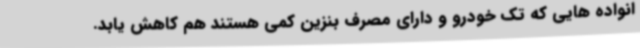
انواده هایی که تک خودرو و دارای مصرف بنزین کمی هستند هم کاهش یابد.